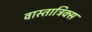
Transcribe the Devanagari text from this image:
वास्ताट्रिक्स